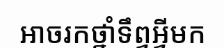
អាចរកថ្នាំទឹព្វអ្វីមក